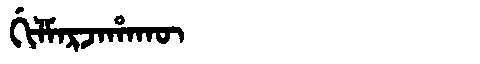
Manchu: ᡤᡳᠯᠮᠠᡵᠵᠠᡥᠠᡴᡡ
Romanization: GILMARJAHAKŪ